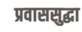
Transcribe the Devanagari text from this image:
प्रवाससुद्धा